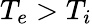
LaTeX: T_{e}>T_{i}